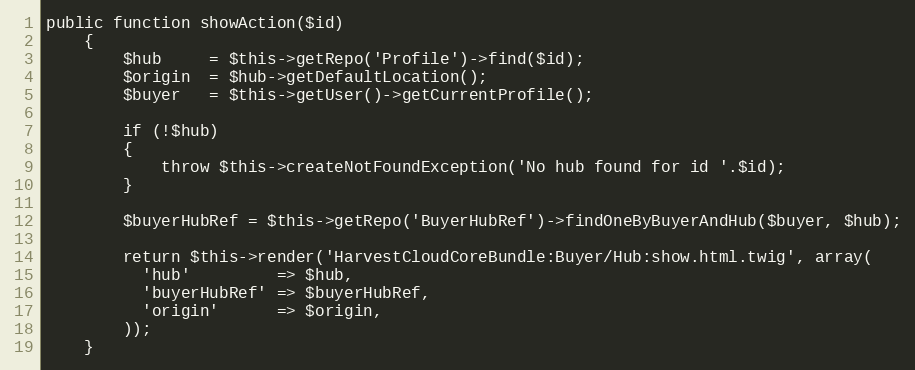
Language: PHP
public function showAction($id)
    {
        $hub     = $this->getRepo('Profile')->find($id);
        $origin  = $hub->getDefaultLocation();
        $buyer   = $this->getUser()->getCurrentProfile();

        if (!$hub)
        {
            throw $this->createNotFoundException('No hub found for id '.$id);
        }

        $buyerHubRef = $this->getRepo('BuyerHubRef')->findOneByBuyerAndHub($buyer, $hub);

        return $this->render('HarvestCloudCoreBundle:Buyer/Hub:show.html.twig', array(
          'hub'         => $hub,
          'buyerHubRef' => $buyerHubRef,
          'origin'      => $origin,
        ));
    }